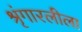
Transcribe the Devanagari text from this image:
श्रृंगारलीला